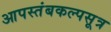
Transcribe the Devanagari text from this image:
आपस्तंबकल्पसूत्र